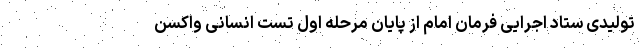
تولیدی ستاد اجرایی فرمان امام از پایان مرحله اول تست انسانی واکسن